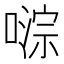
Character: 𫫥